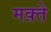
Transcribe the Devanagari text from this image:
मक़्ते